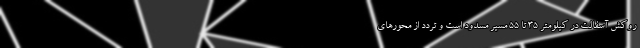
روکش آسفالت در کیلومتر 35 تا 55 مسیر مسدود است و تردد از محورهای